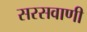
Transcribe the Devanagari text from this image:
सरसवाणी